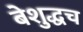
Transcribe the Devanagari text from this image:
बेशुद्धच